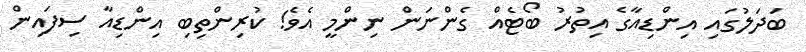
ބަދަލުގައި އިންޑިއާގެ އިތުރު ބޯޓެއް ގެންނަން ނިންމީ އެވެ! ކުރިންތިބި އިންޑިއާ ސިފައިން